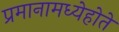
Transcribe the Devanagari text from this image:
प्रमानामध्येहोते